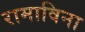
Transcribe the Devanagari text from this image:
रामाविना